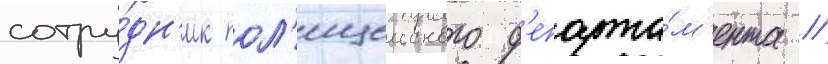
сотру́дн'ик пол'ицеиского д'епарта́м'ента //